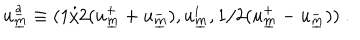
u _ { \underline { { { m } } } } ^ { \underline { { { a } } } } \equiv ( 1 / 2 ( u _ { \underline { { { m } } } } ^ { + } + u _ { \underline { { { m } } } } ^ { - } ) , u _ { \underline { { { m } } } } ^ { i } , 1 / 2 ( u _ { \underline { { { m } } } } ^ { + } - u _ { \underline { { { m } } } } ^ { - } ) ) \; .